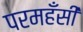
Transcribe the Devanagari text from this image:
परमहँसी